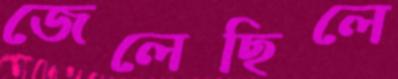
জেলেছিলে